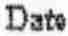
DATE